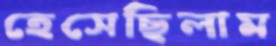
হেসেছিলাম